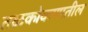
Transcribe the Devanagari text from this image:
तळकोकणातील